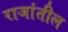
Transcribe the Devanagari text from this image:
राजांतील